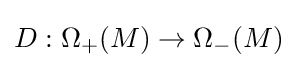
D:\Omega _{+}(M)\rightarrow \Omega _{-}(M)